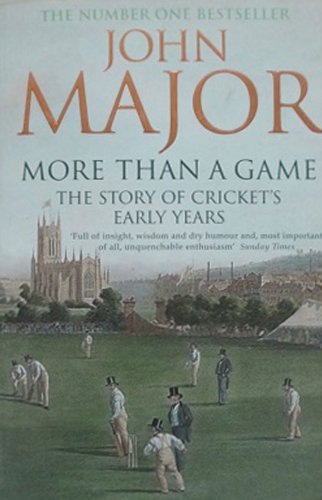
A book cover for More Than A Game: The Story of Cricket's Early Years; John Major; Sports & Outdoors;